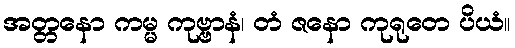
အတ္တနော ကမ္မ ကုဗ္ဗာနံ၊ တံ ဇနော ကုရုတေ ပိယံ။